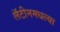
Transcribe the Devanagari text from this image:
लॅटीनमधल्या